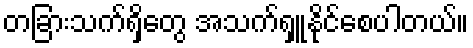
တခြားသက်ရှိတွေ အသက်ရှူနိုင်စေပါတယ်။